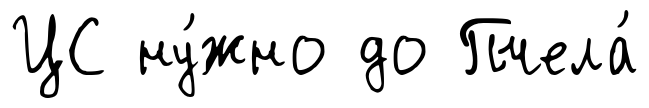
ЦС ну́жно до Пчела́